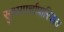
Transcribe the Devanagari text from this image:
सुभगार्चापारिजात